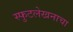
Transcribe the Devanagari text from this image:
स्फुटलेखनाचा